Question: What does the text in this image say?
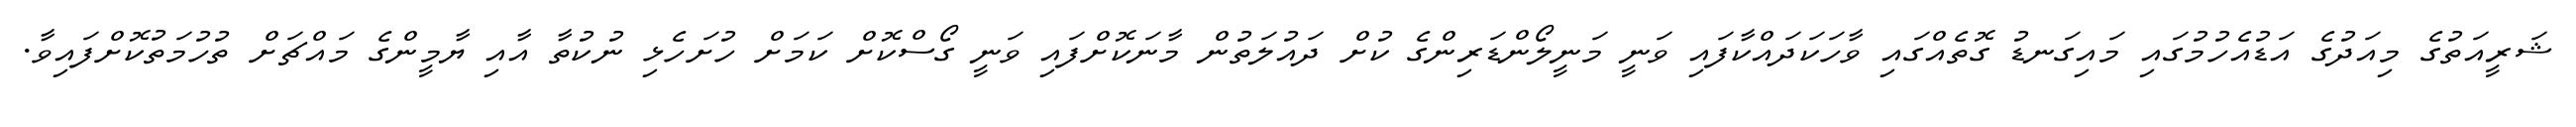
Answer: ޝަރީއަތުގެ މިއަދުގެ އަޑުއެހުމުގައި މައިގަނޑު ގޮތެއްގައި ވާހަކަދައްކާފައި ވަނީ މަނީލޯންޑަރިންގެ ކުށް ދައުލަތުން މާނަކޮށްފައި ވަނީ ގޯސްކޮށް ކަމަށް ހުށަހެޅި ނުކުތާ އާއި ޔާމީންގެ މައްޗަށް ތުހުމަތުކޮށްފައިވާ.